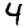
Digit: 4